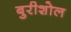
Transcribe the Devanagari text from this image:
बुरीशोल